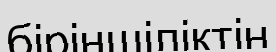
біріншіліктің